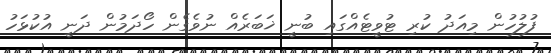
ފުލުހުން މިއަދު ކުރި ޓުވީޓެއްގައި ބުނީ ޚަބަރެއް ނުވެގެން ހޯދަމުން ދަނީ އުކުޅަހު